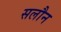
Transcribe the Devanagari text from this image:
सलौन